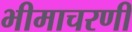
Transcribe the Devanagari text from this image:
भीमाचरणी